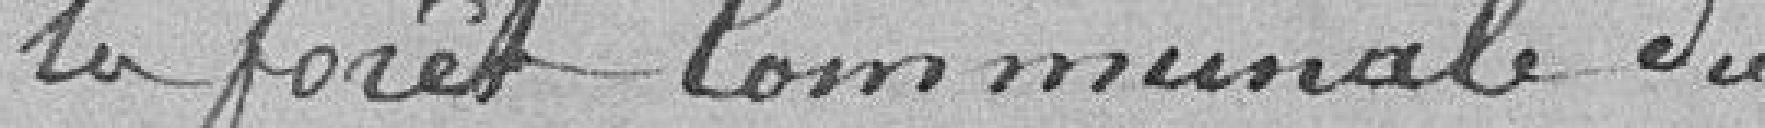
la forêt communale du